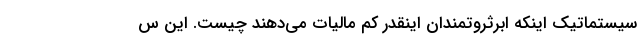
سیستماتیک اینکه ابرثروتمندان اینقدر کم مالیات می‌دهند چیست. این س